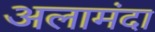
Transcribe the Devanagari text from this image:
अलामंदा